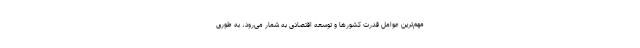
مهم‌ترین عوامل قدرت کشورها و توسعه اقتصادی به شمار می‌رود، به طوری